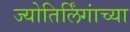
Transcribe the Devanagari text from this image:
ज्योतिर्लिंगांच्या